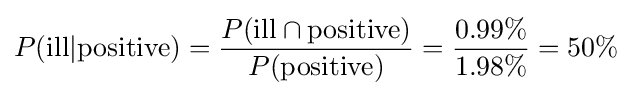
P({\text{ill}}|{\text{positive}})={\frac {P({\text{ill}}\cap {\text{positive}})}{P({\text{positive}})}}={\frac {0.99\%}{1.98\%}}=50\%